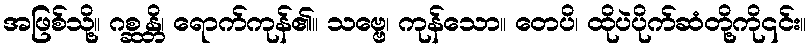
အဖြစ်သို့။ ဂစ္ဆန္တိ၊ ရောက်ကုန်၏။ သဗ္ဗေ၊ ကုန်သော။ တေပိ၊ ထိုပဲပိုက်ဆံတို့ကို၎င်း။